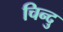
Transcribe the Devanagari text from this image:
चिन्दु